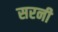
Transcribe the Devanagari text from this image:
सरनी